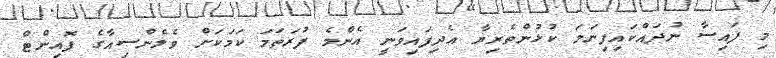
މި ފައިސާ ނުދައްކައިފިނަމަ ކުޅުންތެރިޔާ އެދިފައިވަނީ އެންމެ ފުރަތަމަ ކަމަކަށް ވެލެންސިއާގެ ޕޮއިންޓް